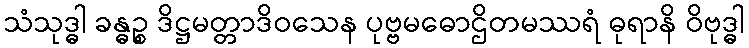
သံသုဒ္ဓါ ခန္ဓဉ္စ ဒိဋ္ဌမတ္တာဒိဝသေန ပုဗ္ဗမဓောဌိတမဿရံ ဓုရာနိ ဝိဗုဒ္ဓါ